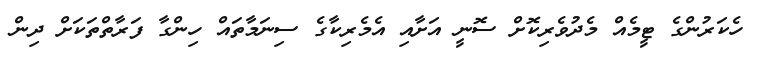
ހެކަރުންގެ ޓީމެއް މެދުވެރިކޮށް ސޮނީ އަށާއި އެމެރިކާގެ ސިނަމާތައް ހިންގާ ފަރާތްތަކަށް ދިން